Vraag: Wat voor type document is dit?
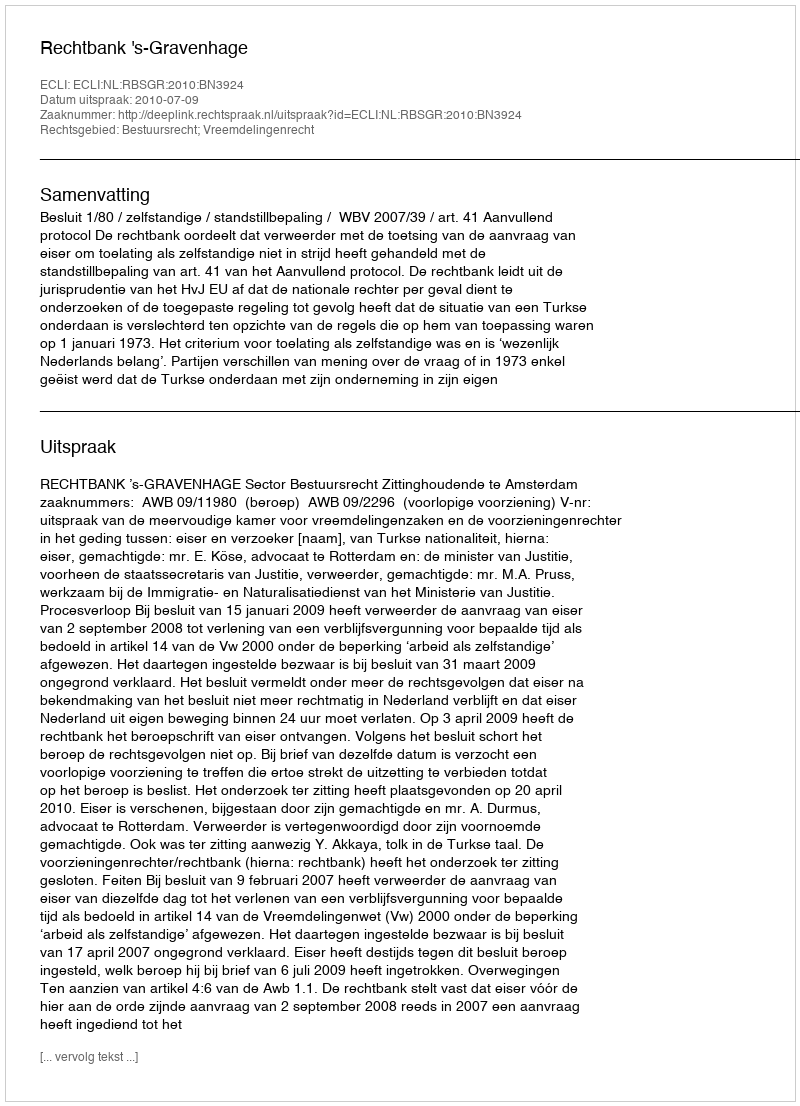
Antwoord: Uitspraak